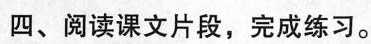
四、阅读课文片段，完成练习。